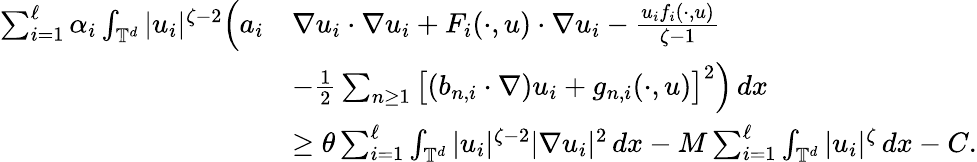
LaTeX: \begin{array}{rl}{\sum_{i=1}^{\ell}\alpha_{i}\int_{{\mathbb T}^{d}}|u_{i}|^{\zeta-2}\Big(a_{i}}&{\nabla u_{i}\cdot\nabla u_{i}+F_{i}(\cdot,u)\cdot\nabla u_{i}-\frac{u_{i}f_{i}(\cdot,u)}{\zeta-1}}\\ &{-\frac 12\sum_{n\geq 1}\big[(b_{n,i}\cdot\nabla)u_{i}+g_{n,i}(\cdot,u)\big]^{2}\Big)\, dx}\\ &{\geq\theta\sum_{i=1}^{\ell}\int_{{\mathbb T}^{d}}|u_{i}|^{\zeta-2}|\nabla u_{i}|^{2}\, dx-M\sum_{i=1}^{\ell}\int_{{\mathbb T}^{d}}|u_{i}|^{\zeta}\, dx-C.}\end{array}